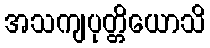
အသကျပုတ္တိယောသိ